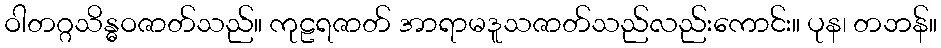
ဝါတဂ္ဂသိန္ဓဝဇာတ်သည်။ ကုဠရဇာတ် အာရာမဒူသဇာတ်သည်လည်းကောင်း။ ပုန၊ တဘန်။